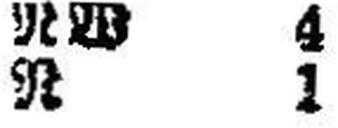
R 1